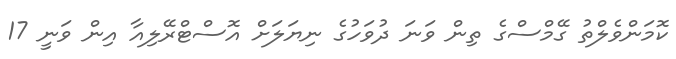
ކޮމަންވެލްތު ގޭމްސްގެ ތިން ވަނަ ދުވަހުގެ ނިޔަލަށް އޮސްޓްރޭލިއާ އިން ވަނީ 17